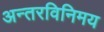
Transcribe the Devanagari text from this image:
अन्तरविनिमय